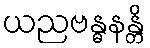
ယညဗန္ဓနန္တိ